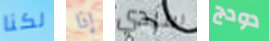
لكنا إذا سيدي دودج